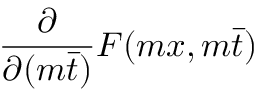
\frac { \partial } { \partial ( m \bar { t } ) } F ( m x , m \bar { t } )